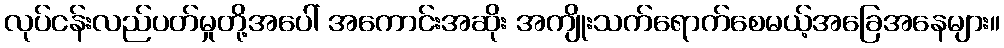
လုပ်ငန်းလည်ပတ်မှုတို့အပေါ် အကောင်းအဆိုး အကျိုးသက်ရောက်စေမယ့်အခြေအနေများ။